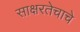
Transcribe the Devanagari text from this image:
साक्षरतेचाचे